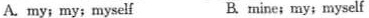
A. my; my; myself B mine; my; myself